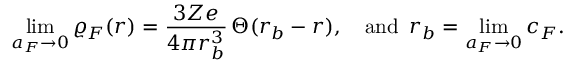
\operatorname* { l i m } _ { a _ { F } \to 0 } \varrho _ { F } ( r ) = \frac { 3 Z e } { 4 \pi r _ { b } ^ { 3 } } \, \Theta ( r _ { b } - r ) , \quad \mathrm { a n d \, \, \, } r _ { b } = \operatorname* { l i m } _ { a _ { F } \to 0 } c _ { F } .